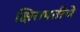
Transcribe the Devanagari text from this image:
क्षिरापतीचे